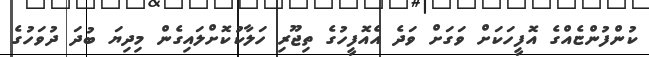
ކުންފުންޏެއްގެ އޮފީހަކަށް ވަގަށް ވަދެ އެއޮފީހުގެ ތިޖޫރި ހަލާކުކޮށްލައިގެން މިދިޔަ ބުދަ ދުވަހުގެ